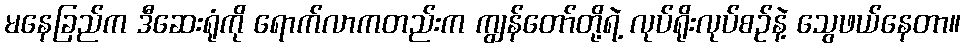
မနေခြည်က ဒီဆေးရုံကို ရောက်လာကတည်းက ကျွန်တော်တို့ရဲ့ လုပ်ရိုးလုပ်စဉ်နဲ့ သွေဖယ်နေတာ။